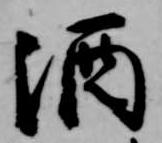
酒